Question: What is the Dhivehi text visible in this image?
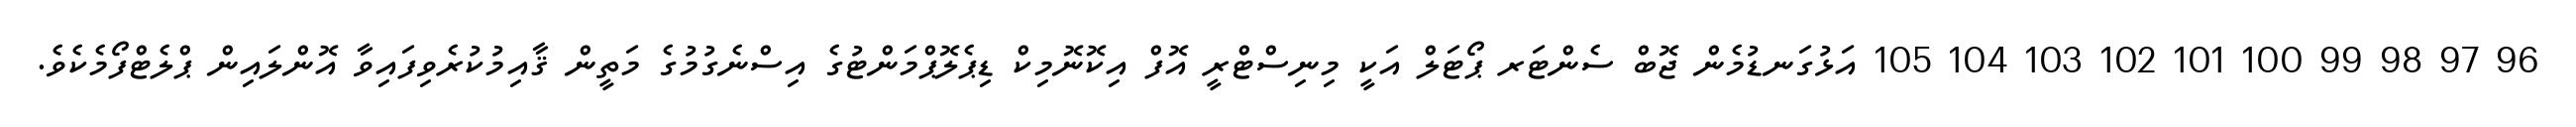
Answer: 96 97 98 99 100 101 102 103 104 105 އަޅުގަނޑުމެން ޖޮބް ސެންޓަރ ޕޯޓަލް އަކީ މިނިސްޓްރީ އޮފް އިކޮނޮމިކް ޑިޕެލޮޕްމަންޓުގެ އިސްނެގުމުގެ މަތީން ޤާއިމުކުރެވިފައިވާ އޮންލައިން ޕްލެޓްފޯމެކެވެ.